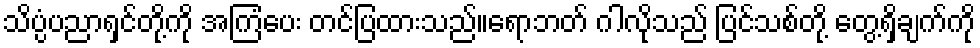
သိပ္ပံပညာရှင်တို့ကို အကြံပေး တင်ပြထားသည်။ရောဘတ် ဂါလိုသည် ပြင်သစ်တို့ တွေ့ရှိချက်ကို